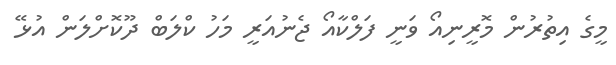
މީގެ އިތުރުން މޮރީނިއޯ ވަނީ ފަލްކާއޯ ޖެނުއަރީ މަހު ކްލަބް ދޫކޮށްލަން އުޅޭ